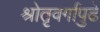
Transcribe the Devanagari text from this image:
श्रोतृवर्गापुढे